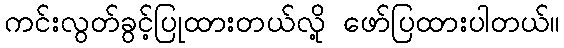
ကင်းလွတ်ခွင့်ပြုထားတယ်လို့ ဖော်ပြထားပါတယ်။